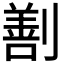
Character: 𠟤